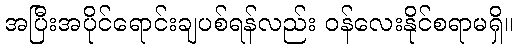
အပြီးအပိုင်ရောင်းချပစ်ရန်လည်း ဝန်လေးနိုင်စရာမရှိ။